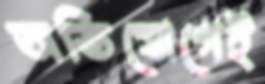
অভিযোগেই